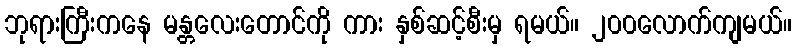
ဘုရားကြီးကနေ မန္တလေးတောင်ကို ကား နှစ်ဆင့်စီးမှ ရမယ်။ ၂၀၀လောက်ကျမယ်။